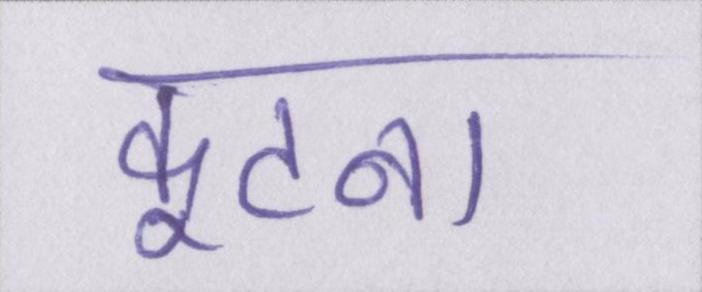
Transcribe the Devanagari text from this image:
कूटना